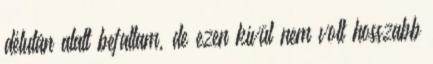
délután alatt befaltam, de ezen kívül nem volt hosszabb